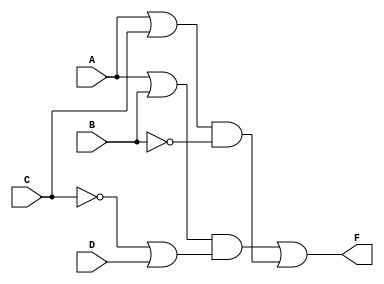
module Lab1_gatelevel(F,A,B,C,D);
    output F;
    input A,B,C,D;
    wire W1,W2,W3,W4,W5;

    not G1(W1,C);
    not G6(W6,B);
    or G2(W2,A,B);
    or G3(W3,W1,D);
    and G4(W4,W2,W3);
    or G5(W5,A,C);
    and G7(W7,W5,W6);
    or(F,W4,W7);
endmodule